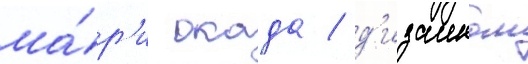
ма́р'и окада / д'изаином